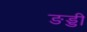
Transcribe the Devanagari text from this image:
ङड्डी